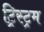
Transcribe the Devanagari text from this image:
ट्रिस्ट्रम